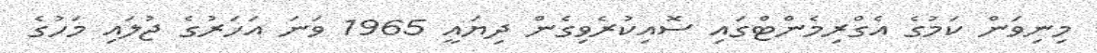
މިނިވަން ކަމުގެ އެގްރިމެންޓްގައި ސޮއިކުރެވިގެން ދިޔައީ 1965 ވަނަ އަހަރުގެ ޖުލައި މަހުގެ